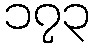
၁၇၃